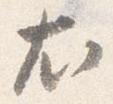
尤